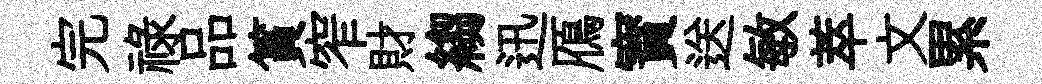
完禄品篔窄財縐迅鴈寳送敏萃文累